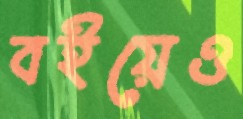
বইয়েও